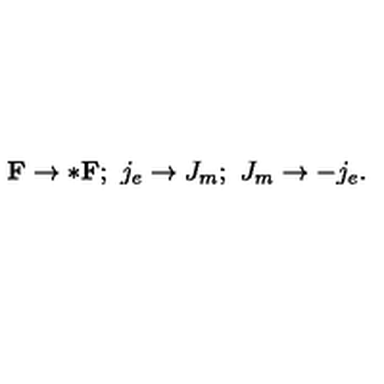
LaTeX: { \bf F } \rightarrow * { \bf F } ; \ j _ { e } \rightarrow J _ { m } ; \ J _ { m } \rightarrow - j _ { e } .